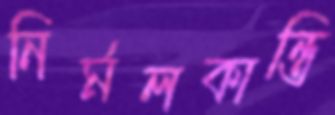
নির্মলকান্তি